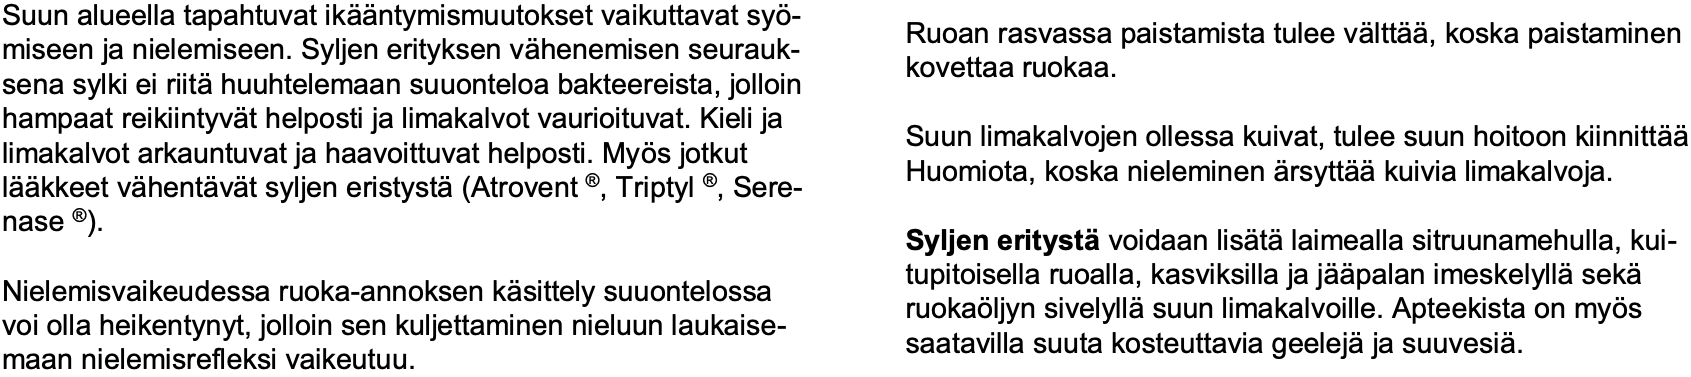
Suun alueella tapahtuvat ikääntymismuutokset vaikuttavat syö- Ruoan rasvassa paistamista tulee välttää, koska paistaminen miseen ja nielemiseen. Syljen erityksen vähenemisen seurauk- kovettaa ruokaa. sena sylki ei riitähuuhtelemaan suuonteloa bakteereista, jolloin hampaat reikiintyvät helposti ja limakalvot vaurioituvat. Kieli ja Suun limakalvojen ollessa kuivat, tulee suun hoitoon kiinnittää limakalvot arkauntuvat ja haavoittuvat helposti. Myös jotkut Huomiota, koska nieleminen ärsyttääkuivia limakalvoja. lääkkeet vähentävät syljen eristystä(Atrovent ®, Triptyl ®, Sere- nase ®). Syljen eritystävoidaan lisätälaimealla sitruunamehulla, kui- tupitoisella ruoalla, kasviksilla ja jääpalan imeskelylläsekä Nielemisvaikeudessa ruoka-annoksen käsittely suuontelossa ruokaöljyn sivelylläsuun limakalvoille. Apteekista on myös voi olla heikentynyt, jolloin sen kuljettaminen nieluun laukaise- saatavilla suuta kosteuttavia geelejäja suuvesiä. maan nielemisrefleksi vaikeutuu.